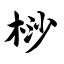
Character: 桫